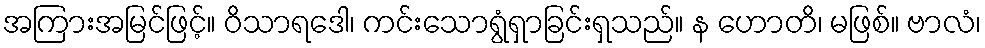
အကြားအမြင်ဖြင့်။ ဝိသာရဒေါ၊ ကင်းသောရွံရှာခြင်းရှသည်။ န ဟောတိ၊ မဖြစ်။ ဗာလံ၊